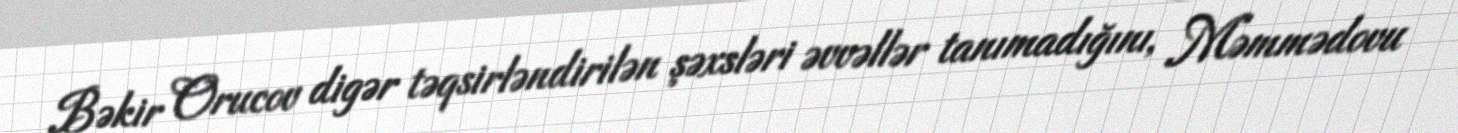
Bəkir Orucov digər təqsirləndirilən şəxsləri əvvəllər tanımadığını, Məmmədovu